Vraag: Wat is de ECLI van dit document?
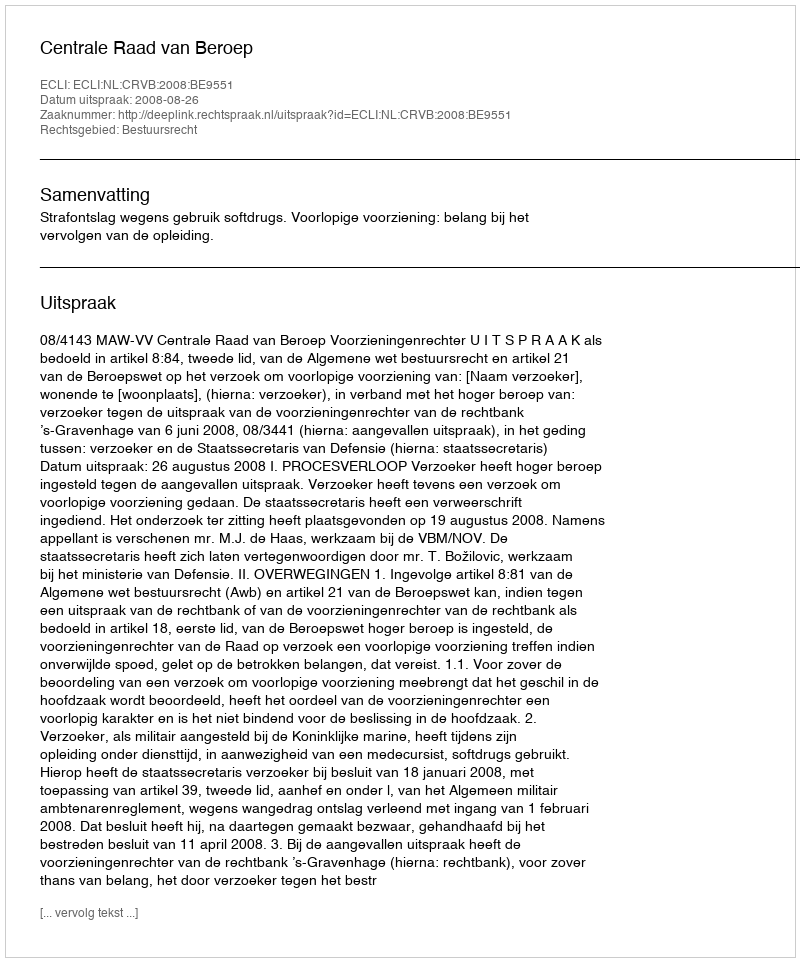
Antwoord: ECLI:NL:CRVB:2008:BE9551